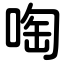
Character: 啕